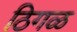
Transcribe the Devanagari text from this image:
ठिगळ